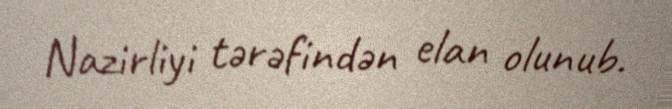
Nazirliyi tərəfindən elan olunub.